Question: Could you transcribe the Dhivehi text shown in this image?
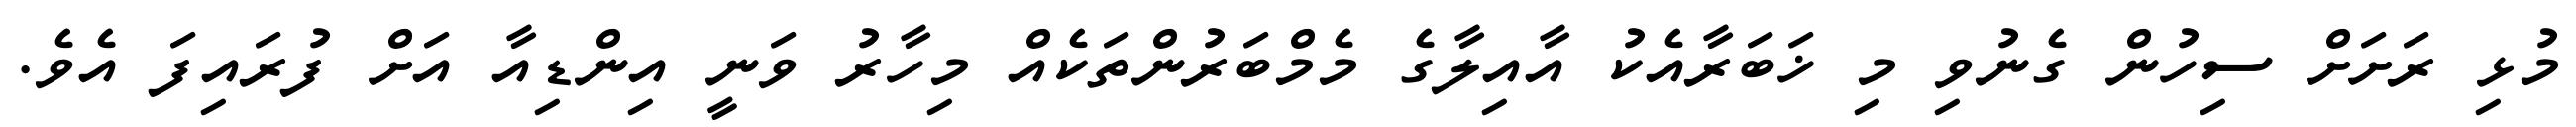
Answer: މުޅި ރަށަށް ސިހުން ގެނުވި މި ޚަބަރާއެކު އާއިލާގެ މެމްބަރުންތަކެއް މިހާރު ވަނީ އިންޑިއާ އަށް ފުރައިފަ އެވެ.